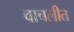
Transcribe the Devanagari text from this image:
वाचलीत